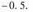
-0.5。